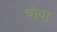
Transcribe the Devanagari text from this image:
चोपा